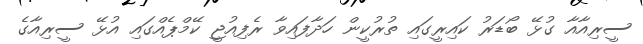
ސީރިއާއާ ގުޅޭ ބޯޑަރު ކައިރީގައި ތުރުކީން ހަދާފައިވާ ރެފިއުޖީ ކޭމްޕެއްގައި އުޅޭ ސީރިއާގެ